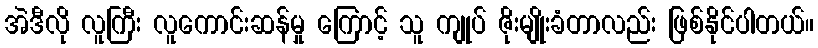
အဲဒီလို လူကြီး လူကောင်းဆန်မှု ကြောင့် သူ ကျုပ် ဇိုးမျိုးခံတာလည်း ဖြစ်နိုင်ပါတယ်။